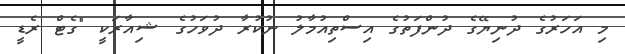
މި އަހަރުގެ ދުނިޔޭގެ ދުންފަތުގެ އިސްތިއުމާލު ނުކުރާ ދުވަހުގެ ޝިއާރަކީ "ގެޓް ރެޑީ